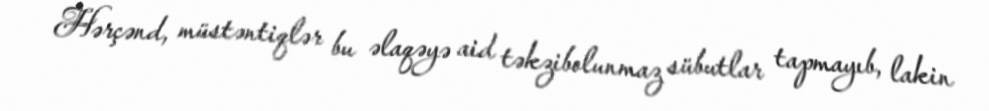
Hərçənd, müstəntiqlər bu əlaqəyə aid təkzibolunmaz sübutlar tapmayıb, lakin